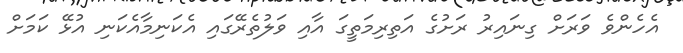
އެހެންވެ ވަރަށް ގިނައިރު ރަށުގެ އަތިރިމަތީގަ އާއި ވަލުތެރޭގައި އެކަނިމާއެކަނި އުޅޭ ކަމަށް